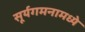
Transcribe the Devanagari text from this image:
सूर्यगमनामध्ये